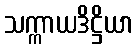
သက္ကာယဒိဋ္ဌိယာ